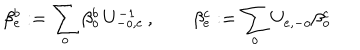
LaTeX: \beta _ { e } ^ { b } : = \sum _ { o } \beta _ { o } ^ { b } \, U _ { - o , e } ^ { - 1 } \, , \qquad \beta _ { e } ^ { c } : = \sum _ { o } U _ { e , - o } \beta _ { o } ^ { c } \,